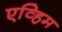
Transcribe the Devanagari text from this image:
एव्हिम